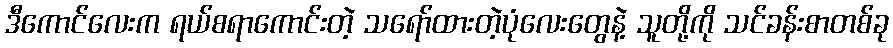
ဒီကောင်လေးက ရယ်စရာကောင်းတဲ့ သရော်ထားတဲ့ပုံလေးတွေနဲ့ သူတို့ကို သင်ခန်းစာတစ်ခု